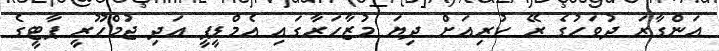
އަންގާރަ ދުވަހުގެ ރޭ ކުރިއަށް ދިޔަ މުޒާހަރާގައި އެމްޑީޕީ އަދި ޖުމްހޫރީ ޕާޓީގެ